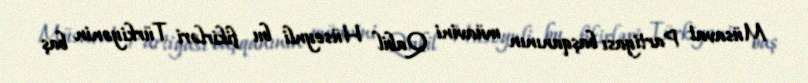
Müsavat Partiyası başqanının müavini Qabil Hüseynli bu fikirləri Türkiyənin baş